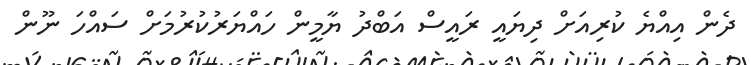
ދެން އިއްޔެ ކުރިއަށް ދިޔައީ ރައީސް އަބްދު ޔާމީން ހައްޔަރުކުރުމަށް ސައްހަ ނޫން